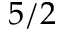
5 / 2